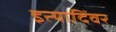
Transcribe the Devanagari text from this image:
इत्यादिंवर